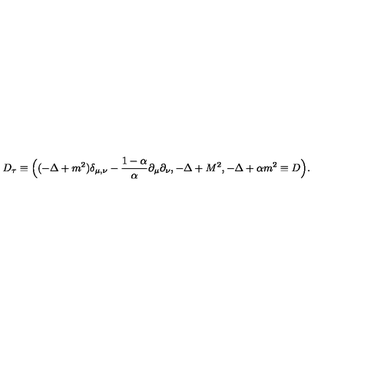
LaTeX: D _ { \tau } \equiv \Bigl ( ( - \Delta + m ^ { 2 } ) \delta _ { \mu , \nu } - \frac { 1 - \alpha } { \alpha } \partial _ { \mu } \partial _ { \nu } , - \Delta + M ^ { 2 } , - \Delta + \alpha m ^ { 2 } \equiv D \Bigr ) .